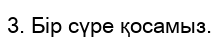
3. Бір сүре қосамыз.